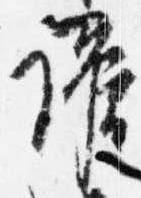
護